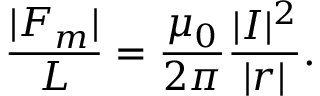
{ \frac { | { \boldsymbol { F } } _ { m } | } { L } } = { \frac { \mu _ { 0 } } { 2 \pi } } { \frac { | { \boldsymbol { I } } | ^ { 2 } } { | { \boldsymbol { r } } | } } .